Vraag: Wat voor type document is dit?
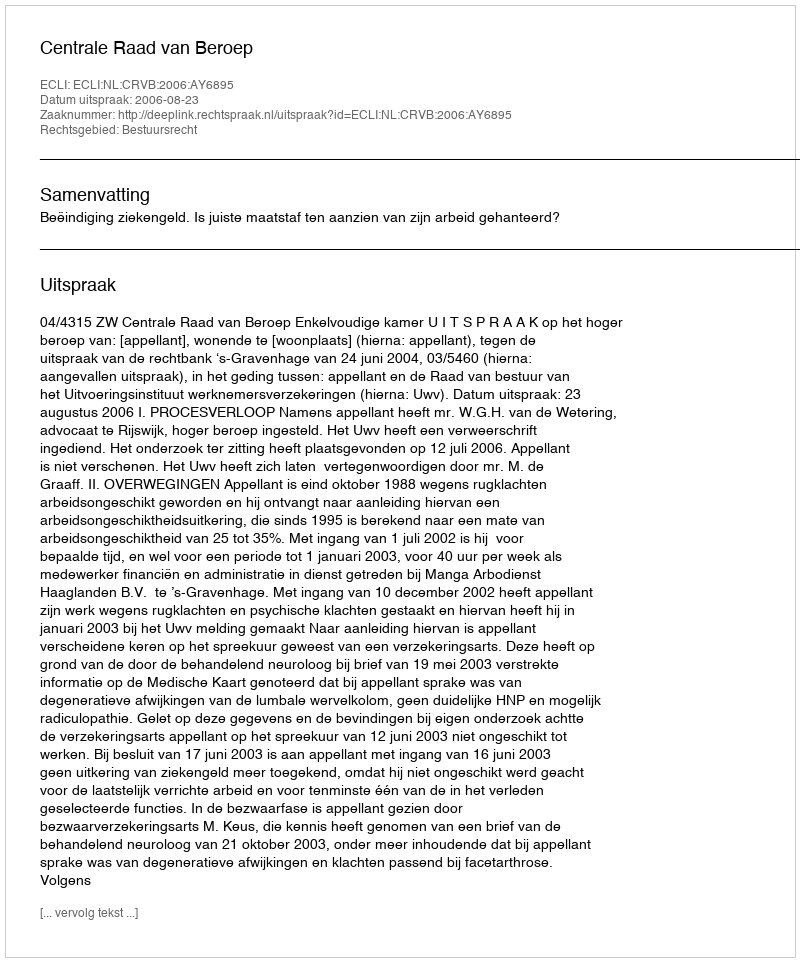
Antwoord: Uitspraak